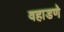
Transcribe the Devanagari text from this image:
वहाडणे